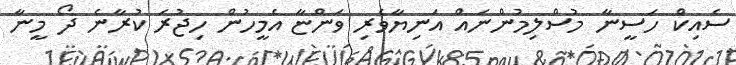
ސެއިކް ހަސީނާ މުސްލިމުންނައް އަނިޔާވެރި ވަންޏާ އެމީހުން ހިޖުރަ ކުރާނެ ދޯ މީނާ